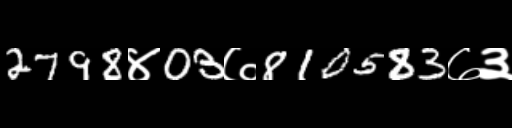
Text: 2798४03७810583७३